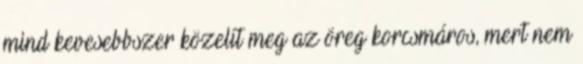
mind kevesebbszer közelít meg az öreg korcsmáros, mert nem